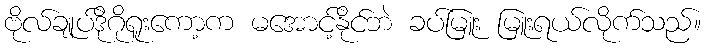
ဗိုလ်ချုပ်ဒိုဂိုရူးကော့က မအောင့်နိုင်ဘဲ ခပ်မြူး မြူးရယ်လိုက်သည်။